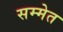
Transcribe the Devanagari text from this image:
सम्मेत